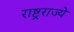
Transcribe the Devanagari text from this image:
राष्ट्रराज्ये